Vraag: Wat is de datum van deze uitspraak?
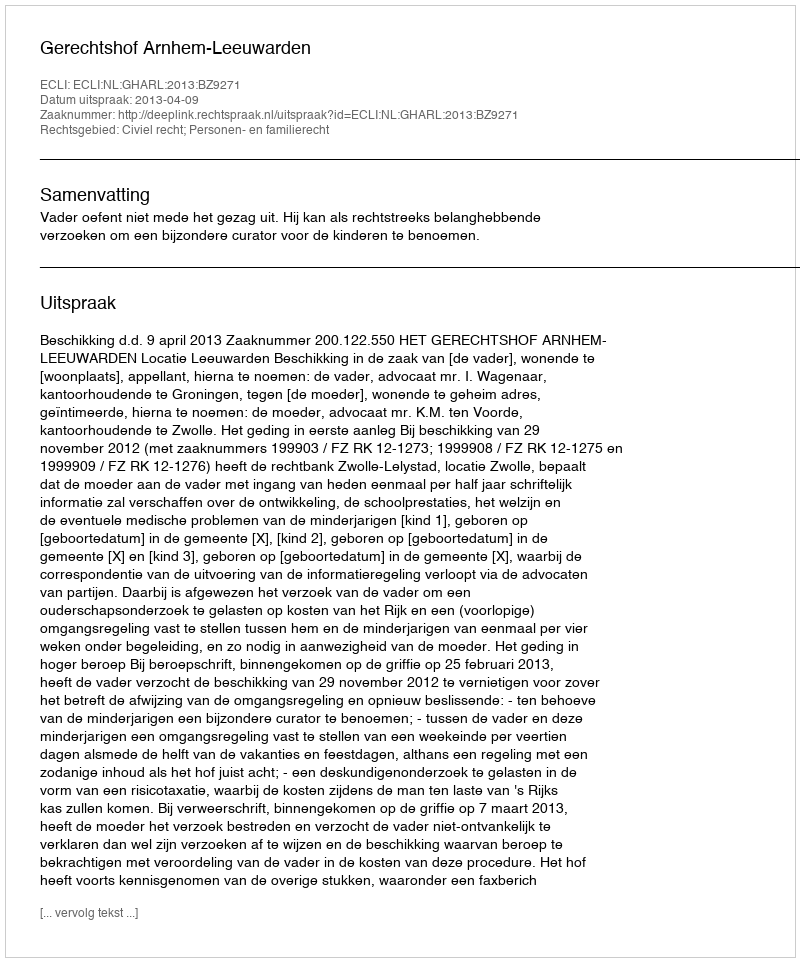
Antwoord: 2013-04-09